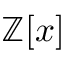
\mathbb { Z } [ x ]